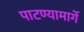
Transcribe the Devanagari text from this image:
पाटण्यामार्गे